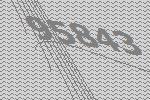
95843